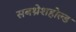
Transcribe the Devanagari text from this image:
सबथ्रेशहोल्ड